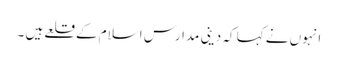
انہوں نے کہا کہ دینی مدارس اسلام کے قلعے ہیں ۔